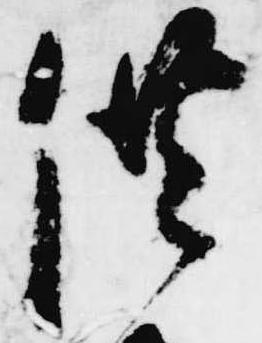
供